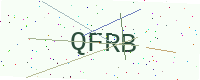
Text: QFRB